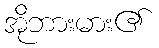
အိုဘားမား၏